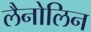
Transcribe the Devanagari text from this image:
लैनोलिन